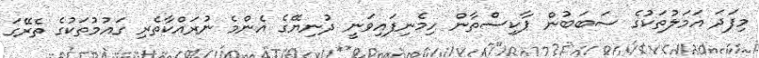
މިފަދަ އަމަލުތަކުގެ ސަބަބުން ޕާކިސްތާން ހިމެނިފައިވަނީ ދުނިޔޭގެ އެންމެ ނުރައްކާތެރި ގައުމުތަކުގެ ތެރޭގަ